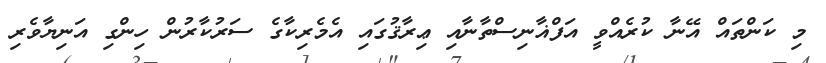
މި ކަންތައް އޭނާ ކުރެއްވީ އަފްޣާނިސްތާނާއި ޢިރާޤުގައި އެމެރިކާގެ ސަރުކާރުން ހިންގި އަނިޔާވެރި